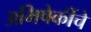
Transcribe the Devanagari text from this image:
अभिषेकींचे